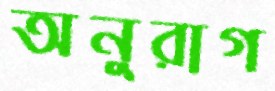
অনুরাগ